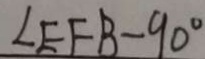
\angle E F B - 9 0 ^ { \circ }